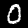
Digit: 0